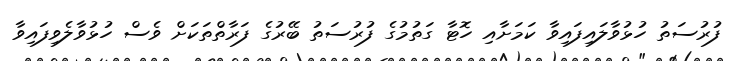
ފުރުސަތު ހުޅުވާލައިފައިވާ ކަމަށާއި ހޮޓާ ގަތުމުގެ ފުރުސަތު ބޭރުގެ ފަރާތްތަކަށް ވެސް ހުޅުވާލެވިފައިވާ